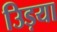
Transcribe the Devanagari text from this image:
उिड़या